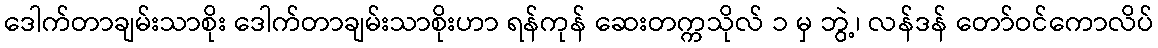
ဒေါက်တာချမ်းသာစိုး ဒေါက်တာချမ်းသာစိုးဟာ ရန်ကုန် ဆေးတက္ကသိုလ် ၁ မှ ဘွဲ့၊ လန်ဒန် တော်ဝင်ကောလိပ်